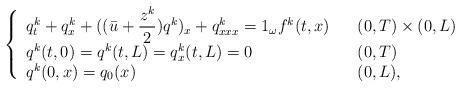
LaTeX: \begin{align*}\left\{\begin{array}[c]{lll}q_{t}^{k}+ q_x^k + ( ( \bar{u}+\dfrac{z^{k}}{2}) q^{k})_{x}+q_{xxx}^{k}=1_{\omega}f^{k}( t,x) & & (0,T) \times( 0,L) \\q^{k}( t,0) =q^{k}( t,L) =q_{x}^{k}( t,L) =0 & & ( 0,T) \\q^{k}( 0,x) =q_{0}( x) & & ( 0,L) ,\end{array}\right. \end{align*}